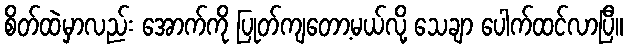
စိတ်ထဲမှာလည်း အောက်ကို ပြုတ်ကျတော့မယ်လို့ သေချာ ပေါက်ထင်လာပြီ။